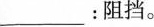
___：阻挡。